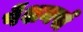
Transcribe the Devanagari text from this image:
पेंशनर्स